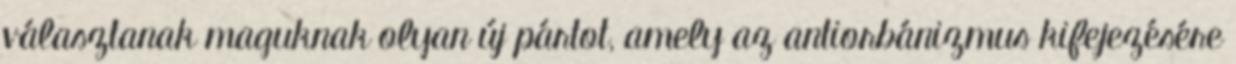
választanak maguknak olyan új pártot, amely az antiorbánizmus kifejezésére